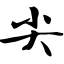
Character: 尖